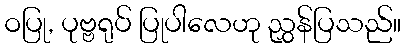
ဝပြု, ပုဗ္ဗရုပ် ပြုပါလေဟု ညွှန်ပြသည်။